Leaving Certificate Examination (including Day School Certificate (Higher) General paper), 1933
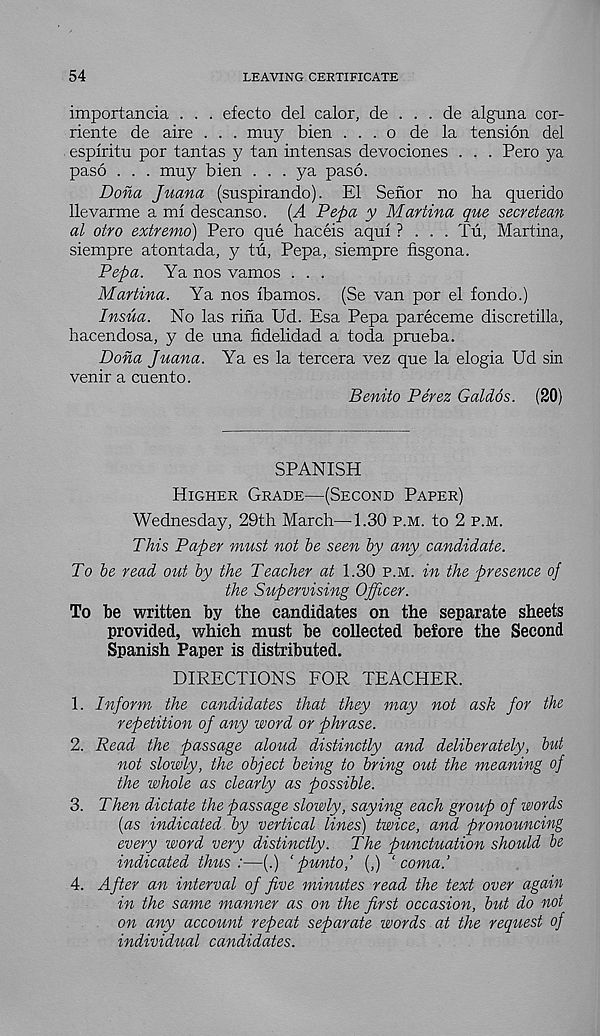
54
LEAVING CERTIFICATE
importancia . . . efecto del calor, de . . . de alguna cor-
riente de aire . . . muy bien . . . o de la tension del
espiritu por tantas y tan intensas devociones . . . Pero ya
paso . . . muy bien . . . ya paso.
Dona Juana (suspirando). El Senor no ha querido
llevarme a ml descanso. (A Pepa y Martina que secretean
al otro extremo) Pero que haceis aqul ? . . . Tu, Martina,
siempre atontada, y tu, Pepa, siempre fisgona.
Pepa. Ya nos vamos . . .
Martina. Ya nos ibamos. (Se van por el fondo.)
Insua. No las rina Ud. Esa Pepa pareceme discretilla,
hacendosa, y de una fidelidad a toda prueba.
Dona Juana. Ya es la tercera vez que la elogia Ud sin
venir a cuento.
Benito Perez Galdos. (20)
SPANISH
Higher Grade—(Second Paper)
Wednesday, 29th March—1.30 p.m. to 2 p.m.
This Paper must not be seen by any candidate.
To be read out by the Teacher at 1.30 p.m. in the presence of
the Supervising Officer.
To be written by the candidates on the separate sheets
provided, which must be collected before the Second
Spanish Paper is distributed.
DIRECTIONS FOR TEACHER.
1. Inform the candidates that they may not ask for the
repetition of any word or phrase.
2. Read the passage aloud distinctly and deliberately, but
not slowly, the object being to bring out the meaning of
the whole as clearly as possible.
3. Then dictate the passage slowly, saying each group of words
(as indicated by vertical lines) twice, and pronouncing
every word very distinctly. The punctuation should be
indicated thus:—(.) ‘punto,’ (,) ‘coma.’
4. After an interval of five minutes read the text over again
in the same manner as on the first occasion, but do not
on any account repeat separate words at the request of
individual candidates.